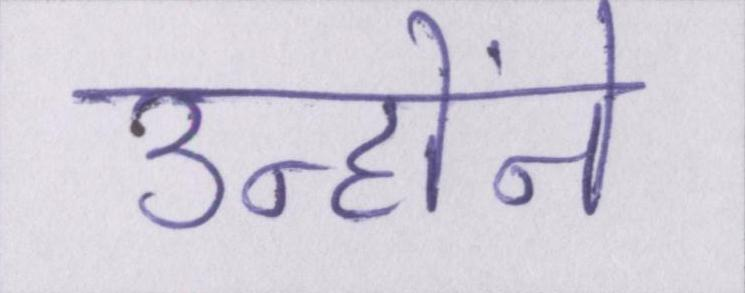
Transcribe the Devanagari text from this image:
उन्होंने